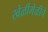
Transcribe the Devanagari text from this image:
खेळीमेळीचे